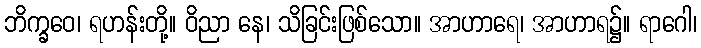
ဘိက္ခဝေ၊ ရဟန်းတို့။ ဝိညာ နေ၊ သိခြင်းဖြစ်သော။ အာဟာရေ၊ အာဟာရ၌။ ရာဂေါ၊